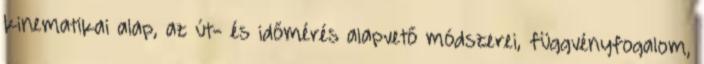
kinematikai alap, az út- és időmérés alapvető módszerei, függvényfogalom,